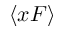
\langle x F \rangle